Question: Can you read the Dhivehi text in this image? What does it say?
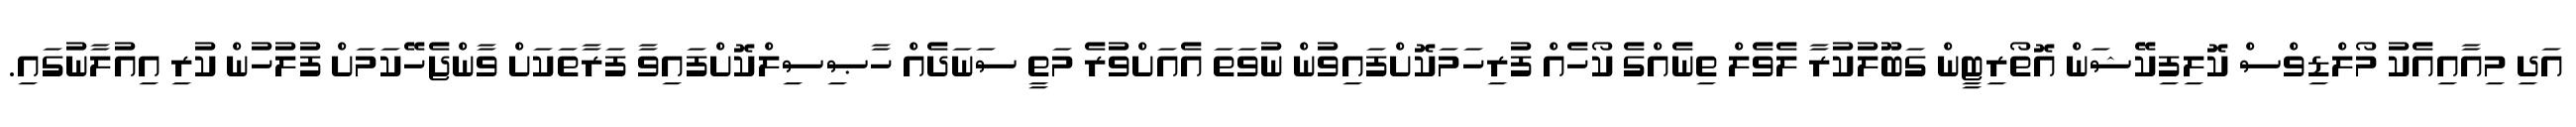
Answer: އަދި މިއާއިއެކު މޯލްޑިވްސް ކޮލިފިކޭޝަން އޮތޯރިޓީން ގަބޫލުކުރާ ލެވެލް ތިނެއްގެ ކޯހެއް ފުރިހަމަކޮށްފައިވުން ނުވަތަ އެއަށްވުރެ މަތީ ސަނަދެއް ހާޞިސިލްކޮށްފައިވާ ފަރާތަކަށް ވާންޖެހޭކަމަށް ފުލުހުން ކުރި އިއުލާނުގައި.